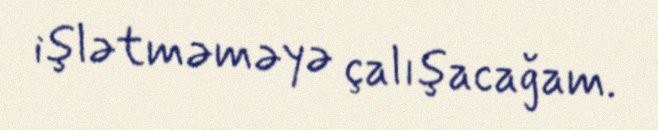
işlətməməyə çalışacağam.